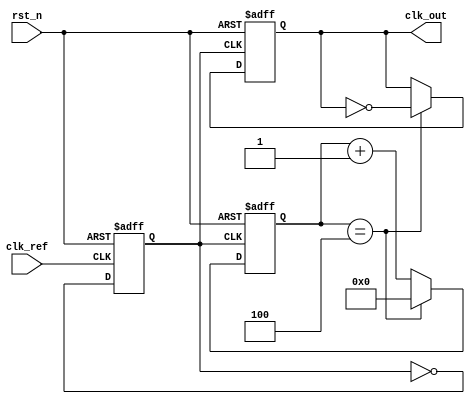
module sigma_delta_pll (
    input wire clk_ref,          // Reference clock input
    input wire rst_n,           // Active low reset
    output reg clk_out          // Output clock
);

// Parameters
parameter N = 8;               // Order of the sigma-delta modulator
parameter VCO_MAX_FREQ = 100;  // Maximum frequency of VCO
parameter VCO_MIN_FREQ = 10;    // Minimum frequency of VCO

// Internal signals
reg [N-1:0] phase_error;       // Phase error signal
reg [N-1:0] modulated_signal;   // Output of sigma-delta modulator
reg [N-1:0] control_voltage;    // Control voltage for VCO
reg [N-1:0] vco_frequency;      // Current frequency of VCO
reg [N-1:0] divider_count;      // Divider count for feedback
reg clk_vco;                    // VCO clock output

// Phase Detector (PD)
always @(posedge clk_ref or negedge rst_n) begin
    if (!rst_n) begin
        phase_error <= 0;
    end else begin
        // Simple phase error calculation (for illustration)
        // In practice, this would be more complex
        phase_error <= phase_error + 1; // Increment phase error
    end
end

// Sigma-Delta Modulator
always @(posedge clk_ref or negedge rst_n) begin
    if (!rst_n) begin
        modulated_signal <= 0;
    end else begin
        // Simple 1-bit quantizer
        if (phase_error > 0) begin
            modulated_signal <= 1; // Phase error positive
        end else begin
            modulated_signal <= 0; // Phase error negative or zero
        end
    end
end

// Loop Filter (Simple first-order)
always @(posedge clk_ref or negedge rst_n) begin
    if (!rst_n) begin
        control_voltage <= 0;
    end else begin
        control_voltage <= control_voltage + modulated_signal; // Integrate modulated signal
    end
end

// Voltage-Controlled Oscillator (VCO)
always @(posedge clk_ref or negedge rst_n) begin
    if (!rst_n) begin
        vco_frequency <= VCO_MIN_FREQ; // Initialize VCO frequency
        clk_vco <= 0;
    end else begin
        // Adjust VCO frequency based on control voltage
        if (control_voltage > 50) begin
            vco_frequency <= VCO_MAX_FREQ; // Set to max frequency
        end else begin
            vco_frequency <= VCO_MIN_FREQ; // Set to min frequency
        end
        
        // Generate VCO clock output based on frequency
        clk_vco <= ~clk_vco; // Toggle clock (simplified)
    end
end

// Divider
always @(posedge clk_vco or negedge rst_n) begin
    if (!rst_n) begin
        divider_count <= 0;
        clk_out <= 0;
    end else begin
        divider_count <= divider_count + 1;
        if (divider_count == 4) begin // Example divide by 4
            clk_out <= ~clk_out; // Toggle output clock
            divider_count <= 0; // Reset divider count
        end
    end
end

endmodule